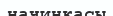
начинкасы